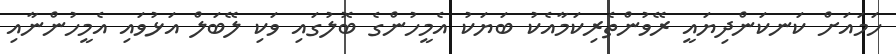
ހަމައަށް ކަނކަންދިޔައީ ރޭވުންތެރިކަމާއެކު ބަޔަކު އެމީހުންގެ ބޮލުގައި ވަކި ލޭބަލް އަޅުވައި އެމީހުންނާއި